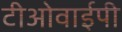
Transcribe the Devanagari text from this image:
टीओवाईपी